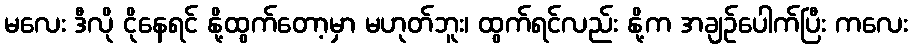
မလေး ဒီလို ငိုနေရင် နို့ထွက်တော့မှာ မဟုတ်ဘူး၊ ထွက်ရင်လည်း နို့က အချဉ်ပေါက်ပြီး ကလေး